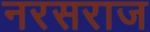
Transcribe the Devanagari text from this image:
नरसराज